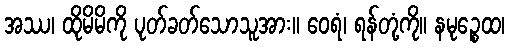
အဿ၊ ထိုမိမိကို ပုတ်ခတ်သောသူအား။ ဝေရံ၊ ရန်တုံ့ကို။ နမုဉ္စေထ၊